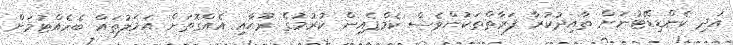
އަދި ކެންޑިޑޭޓުނަށް ތާއިދުކުރާ ފަރާތްތަކުންވެސް ކެމްޕެއިން ކުރުމުގެ ރޫޙާއި އެއްގޮތަށް އަމަލުތައް ބެހެއްޓުމަށް